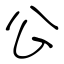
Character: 公